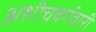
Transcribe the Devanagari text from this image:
अशीचवर्गवारी